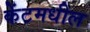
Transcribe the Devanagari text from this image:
केंटमधील